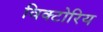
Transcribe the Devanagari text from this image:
विक्टोरिय